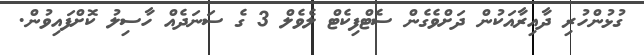
ގުޅުންހުރި ދާއިރާއަކުން ދަށްވެގެން ސެޓްފިކެޓް ލެވެލް 3 ގެ ސަނަދެއް ހާސިލު ކޮށްފައިވުން.